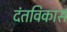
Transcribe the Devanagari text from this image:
दंतविकास